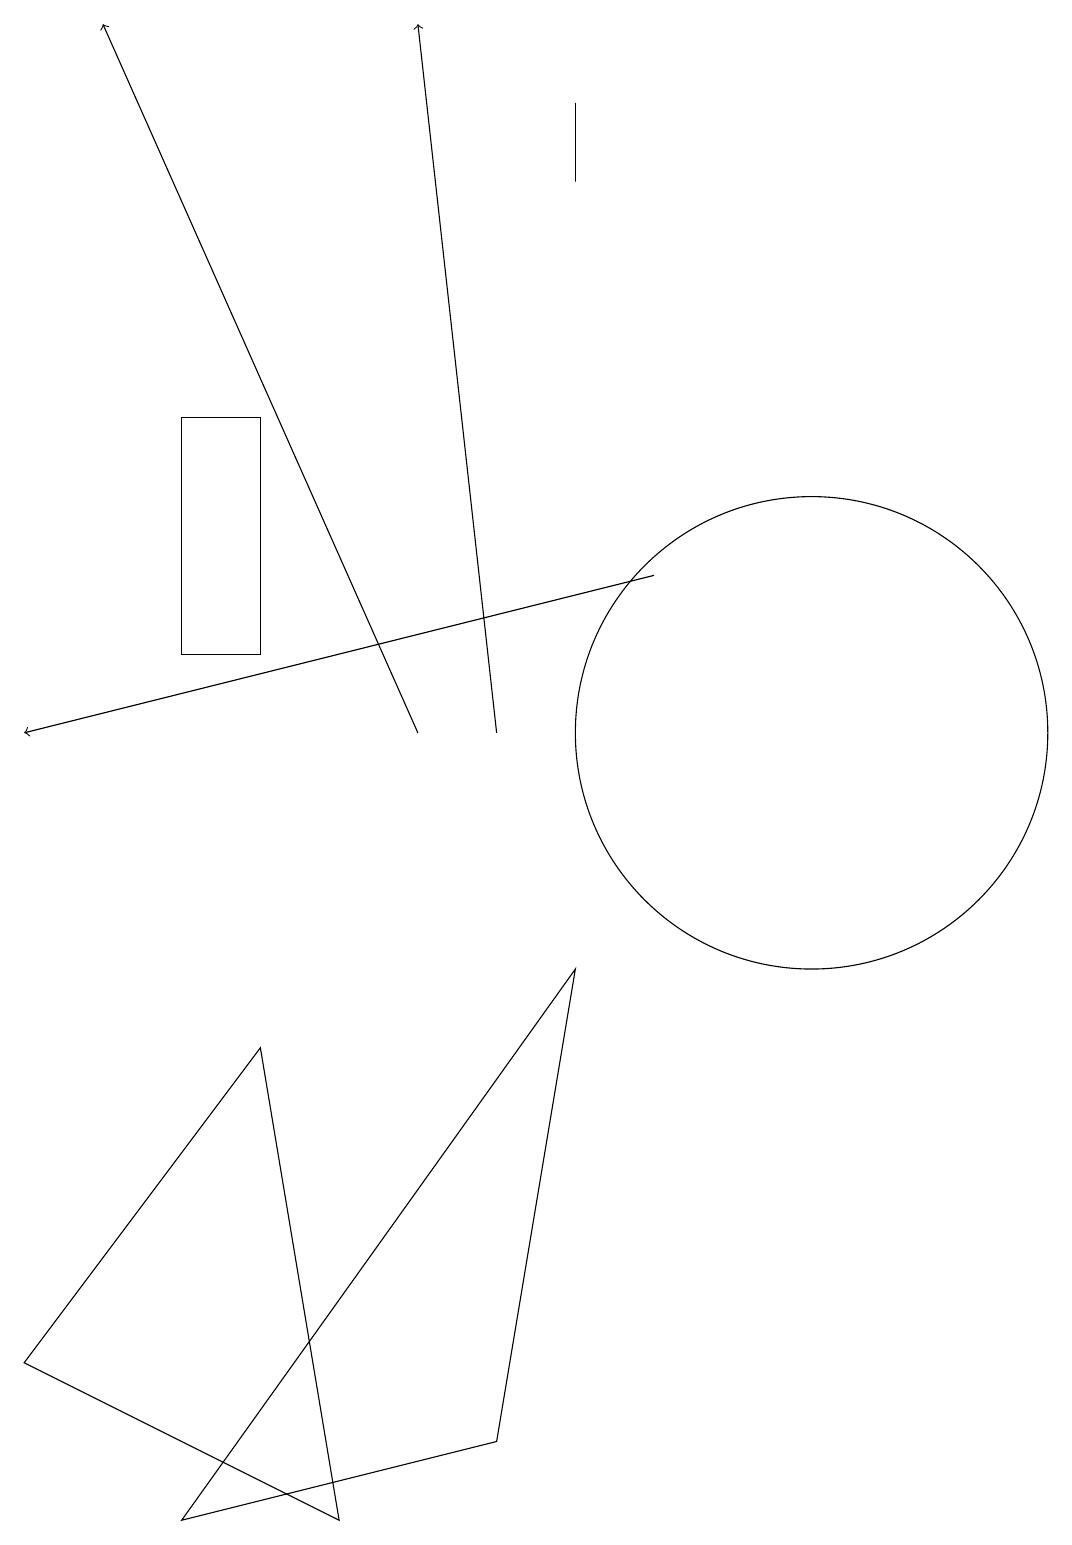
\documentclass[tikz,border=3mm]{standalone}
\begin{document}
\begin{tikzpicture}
\draw (7,18) rectangle (7,17);
\draw[->] (6,10) -- (5,19);
\draw[->] (8,12) -- (0,10);
\draw[->] (5,10) -- (1,19);
\draw (0,2) -- (4,0) -- (3,6) -- cycle;
\draw (10,10) circle (3);
\draw (2,14) rectangle (3,11);
\draw (7,7) -- (6,1) -- (2,0) -- cycle;
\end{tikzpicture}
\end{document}